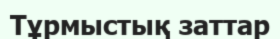
Тұрмыстық заттар